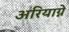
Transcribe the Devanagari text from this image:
अरियाग्ने